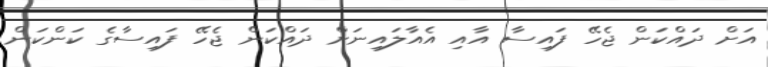
އަށް ދައްކަން ޖެހޭ ފައިސާ އާއި އެއާލައިނަށް ދައްކަން ޖެހޭ ފައިސާގެ ކަންކަން